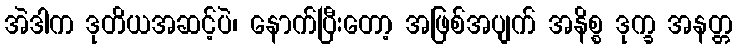
အဲဒါက ဒုတိယအဆင့်ပဲ၊ နောက်ပြီးတော့ အဖြစ်အပျက် အနိစ္စ ဒုက္ခ အနတ္တ